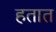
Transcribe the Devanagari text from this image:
हतात